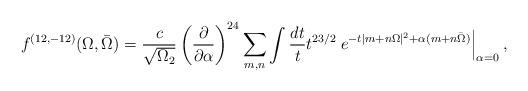
LaTeX: \begin{align*}{f^{(12,-12)} (\Omega,\bar\Omega) ={c\over \sqrt{\Omega_2}}\left({\partial \over \partial\alpha}\right)^{24}\sum_{m,n} \int {dt \over t} t^{23/2}\left.e^{-t|m+ n\Omega|^2 + \alpha (m+ n\bar \Omega)}\right|_{\alpha =0},}\end{align*}